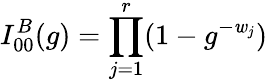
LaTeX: I_{00}^{B}(g)=\prod_{j=1}^{r}(1-g^{-\mathit{w}_{j}})